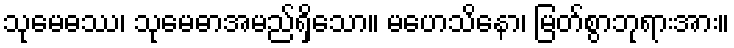
သုမေဓဿ၊ သုမေဓာအမည်ရှိသော။ မဟေသိနော၊ မြတ်စွာဘုရားအား။